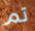
تم